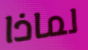
لماذا